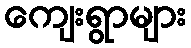
ကျေးရွာများ